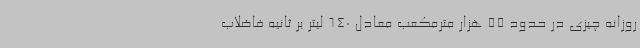
روزانه چیزی در حدود 55 هزار مترمکعب معادل 640 لیتر بر ثانیه فاضلاب